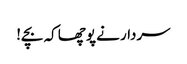
سردار نے پوچھا کہ بچے!